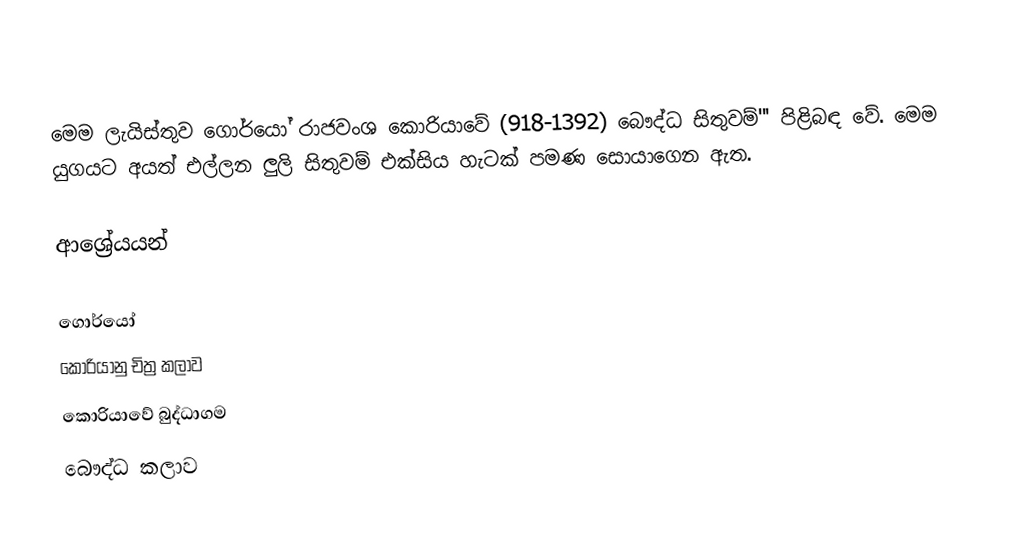
මෙම ලැයිස්තුව ගොර්යෝ රාජවංශ කොරියාවේ (918-1392) බෞද්ධ සිතුවම්''' පිළිබඳ වේ. මෙම යුගයට අයත් එල්ලන ලුලි සිතුවම් එක්සිය හැටක් පමණ සොයාගෙන ඇත.

ආශ්‍රේයයන්

ගොර්යෝ
කොරියානු චිත්‍ර කලාව
කොරියාවේ බුද්ධාගම
බෞද්ධ කලාව